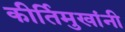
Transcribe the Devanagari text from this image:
कीर्तिमुखांनी